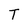
Character: T